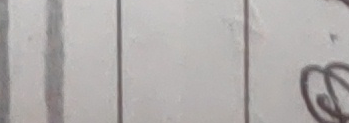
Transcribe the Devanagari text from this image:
३